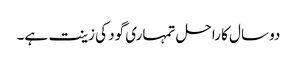
دو سال کا راحل تمہاری گود کی زینت ہے۔